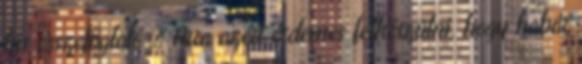
kis összefoglaló 🙂 Arra azért érdemes felkészülni, hogy habár